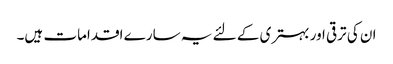
ان کی ترقی اور بہتری کے لئے یہ سارے اقدامات ہیں۔